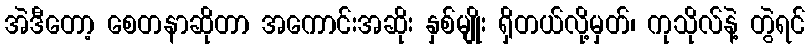
အဲဒီတော့ စေတနာဆိုတာ အကောင်းအဆိုး နှစ်မျိုး ရှိတယ်လို့မှတ်၊ ကုသိုလ်နဲ့ တွဲရင်